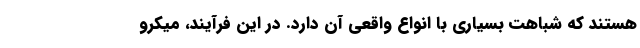
هستند که شباهت بسیاری با انواع واقعی آن دارد. در این فرآیند، میکرو